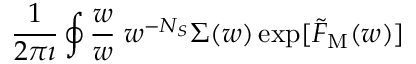
\frac { 1 } { 2 \pi \i } \oint \frac { \d w } { w } \; w ^ { - { N _ { S } } } \Sigma ( w ) \exp [ { \tilde { F } } _ { \mathrm { M } } ( w ) ]